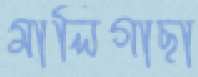
মালিগাছা